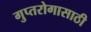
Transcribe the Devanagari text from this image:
गुप्तरोगासाठी